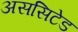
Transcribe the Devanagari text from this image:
अससिटेड